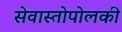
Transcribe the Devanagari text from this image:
सेवास्तोपोलकी